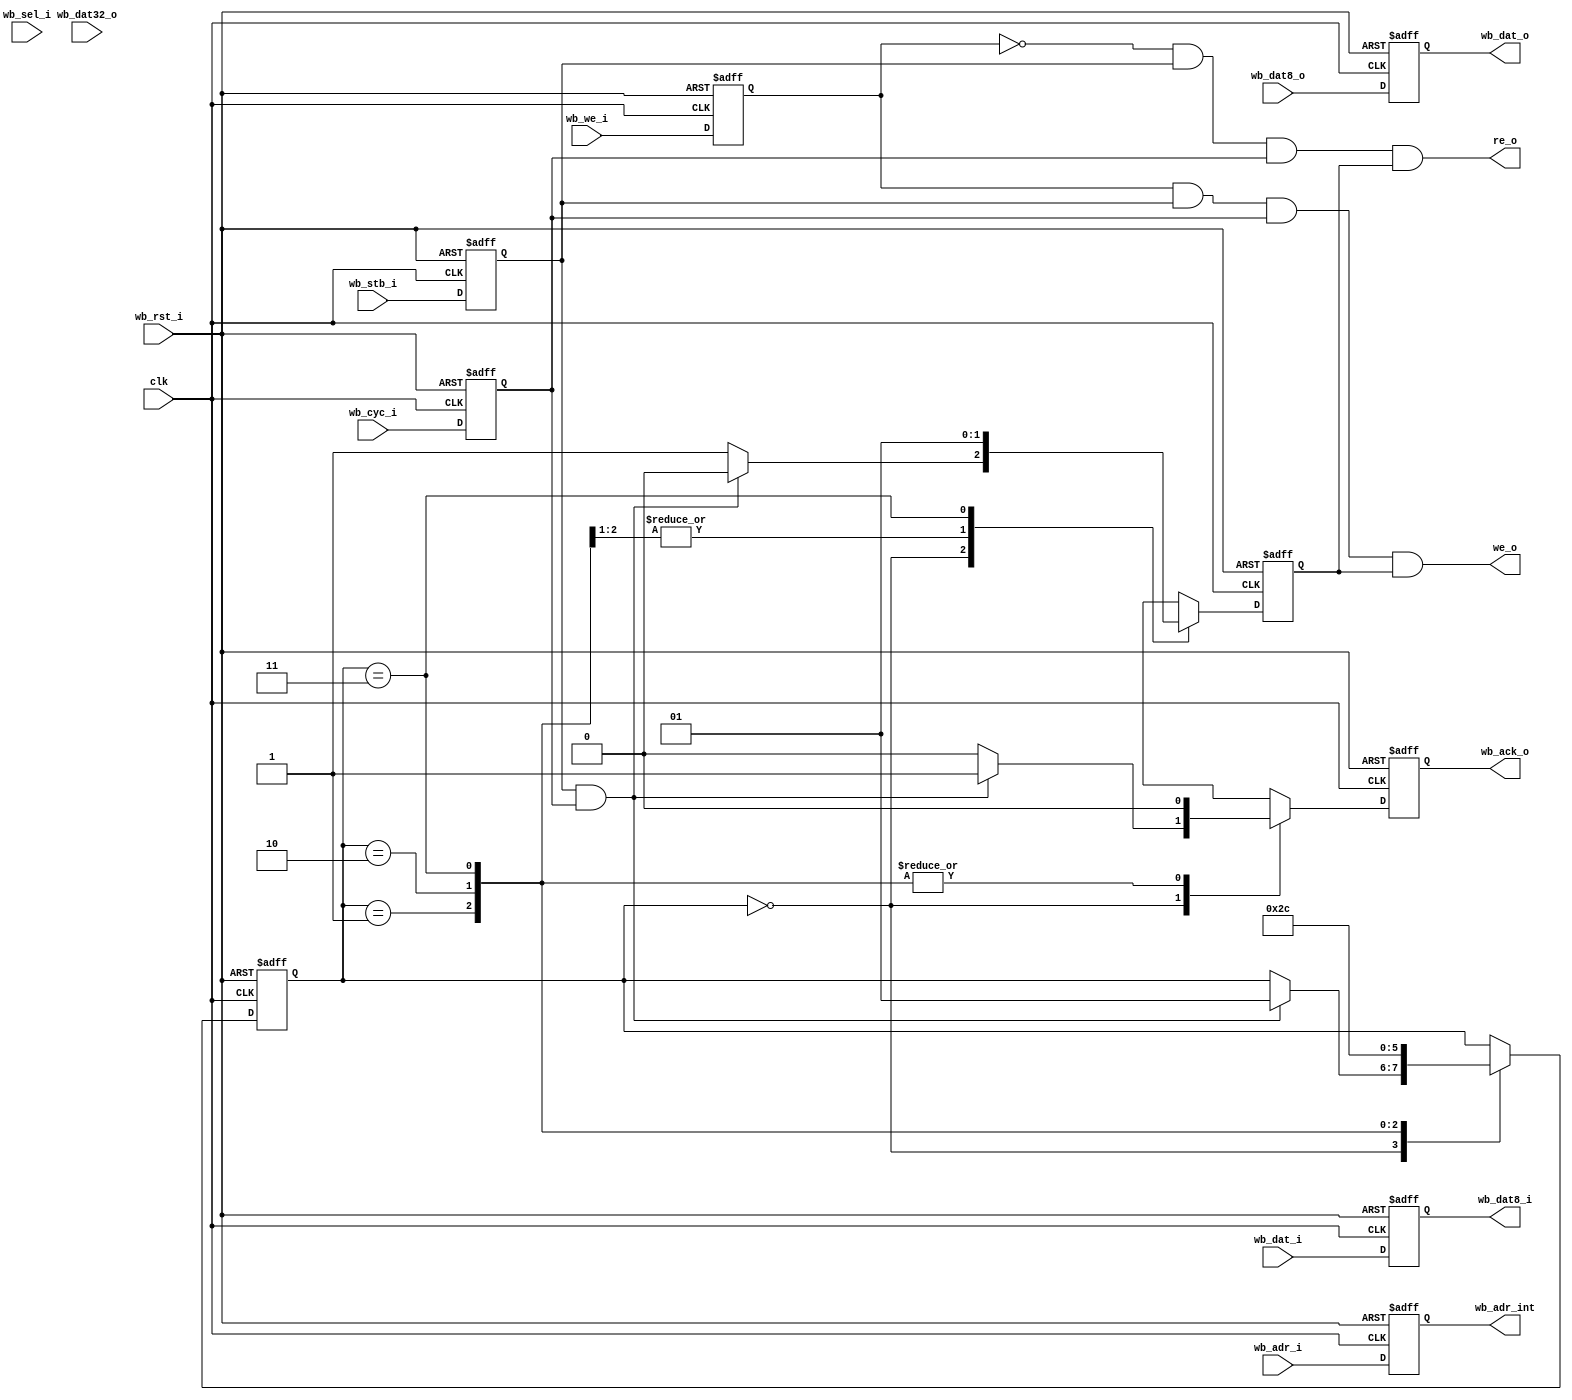
module uart_wb_4 (clk, wb_rst_i, 
	wb_we_i, wb_stb_i, wb_cyc_i, wb_ack_o, wb_adr_i,
	wb_adr_int, wb_dat_i, wb_dat_o, wb_dat8_i, wb_dat8_o, wb_dat32_o, wb_sel_i,
	we_o, re_o 
);
input 		  clk;
input 		  wb_rst_i;
input 		  wb_we_i;
input 		  wb_stb_i;
input 		  wb_cyc_i;
input [3:0]   wb_sel_i;
input [2:0] 	wb_adr_i; 
input [7:0]  wb_dat_i; 
output [7:0] wb_dat_o;
reg [7:0] 	 wb_dat_o;
wire [7:0] 	 wb_dat_i;
reg [7:0] 	 wb_dat_is;
output [2:0]	wb_adr_int; 
input [7:0]   wb_dat8_o; 
output [7:0]  wb_dat8_i;
input [31:0]  wb_dat32_o; 
output 		  wb_ack_o;
output 		  we_o;
output 		  re_o;
wire 			  we_o;
reg 			  wb_ack_o;
reg [7:0] 	  wb_dat8_i;
wire [7:0] 	  wb_dat8_o;
wire [2:0]	wb_adr_int; 
reg [2:0]	wb_adr_is;
reg 								wb_we_is;
reg 								wb_cyc_is;
reg 								wb_stb_is;
wire [3:0]   wb_sel_i;
reg 			 wre ;
reg [1:0] 	 wbstate;
always  @(posedge clk or posedge wb_rst_i)
	if (wb_rst_i) begin
		wb_ack_o <= 1'b0;
		wbstate <= 0;
		wre <= 1'b1;
	end else
		case (wbstate)
			0: begin
				if (wb_stb_is & wb_cyc_is) begin
					wre <= 0;
					wbstate <= 1;
					wb_ack_o <= 1;
				end else begin
					wre <= 1;
					wb_ack_o <= 0;
				end
			end
			1: begin
			   wb_ack_o <= 0;
				wbstate <= 2;
				wre <= 0;
			end
			2: begin
				wb_ack_o <= 0;
				wbstate <= 3;
				wre <= 0;
			end
			3: begin
				wb_ack_o <= 0;
				wbstate <= 0;
				wre <= 1;
			end
		endcase
assign we_o =  wb_we_is & wb_stb_is & wb_cyc_is & wre ; 
assign re_o = ~wb_we_is & wb_stb_is & wb_cyc_is & wre ; 
always  @(posedge clk or posedge wb_rst_i)
	if (wb_rst_i) begin
		wb_adr_is <= 0;
		wb_we_is <= 0;
		wb_cyc_is <= 0;
		wb_stb_is <= 0;
		wb_dat_is <= 0;
	end else begin
		wb_adr_is <= wb_adr_i;
		wb_we_is <= wb_we_i;
		wb_cyc_is <= wb_cyc_i;
		wb_stb_is <= wb_stb_i;
		wb_dat_is <= wb_dat_i;
	end
always @(posedge clk or posedge wb_rst_i)
	if (wb_rst_i)
		wb_dat_o <= 0;
	else
		wb_dat_o <= wb_dat8_o;
always @(wb_dat_is)
	wb_dat8_i = wb_dat_is;
assign wb_adr_int = wb_adr_is;
endmodule